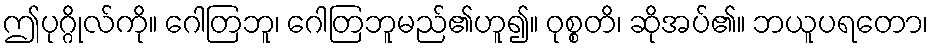
ဤပုဂ္ဂိုလ်ကို။ ဂေါတြဘူ၊ ဂေါတြဘူမည်၏ဟူ၍။ ဝုစ္စတိ၊ ဆိုအပ်၏။ ဘယူပရတော၊